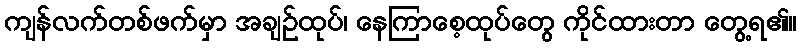
ကျန်လက်တစ်ဖက်မှာ အချဉ်ထုပ်၊ နေကြာစေ့ထုပ်တွေ ကိုင်ထားတာ တွေ့ရ၏။